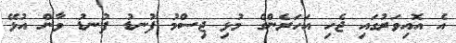
އެ އޮއިވަރުގައި ޖެހި އަހަރެންގެ މުޅި ޖިސްމު ފުނޑު ފުނޑު ވާން އުޅޭ